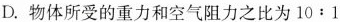
D.物体所受的重力和空气阻力之比为$$10:1$$